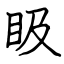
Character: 𥄫